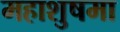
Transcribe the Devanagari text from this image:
महाशुषमा